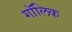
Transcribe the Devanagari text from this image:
गॉलिक